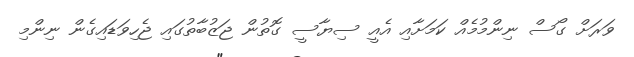
ވަރަށް ގޯސް ނިންމުމެއް ކަމަށާއި އެއީ ސިޔާސީ ގޮތުން ޖަޒުބާތުގައި ޖެހިވަޑައިގެން ނިންމި